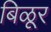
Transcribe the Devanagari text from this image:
बिळूर